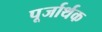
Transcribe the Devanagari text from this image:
पूर्जार्थक